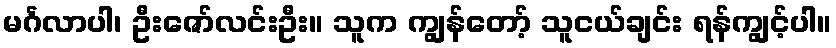
မင်္ဂလာပါ၊ ဦးဇော်လင်းဦး။ သူက ကျွန်တော့် သူငယ်ချင်း ရန်ကျွင့်ပါ။